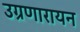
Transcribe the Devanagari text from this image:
उग्रणारायन